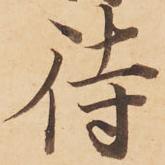
待